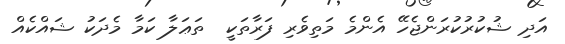
އަދި ޝުކުރުކުރަންޖެހޭ އެންމެ މަތިވެރި ފަރާތަކީ  ތަޢަލާ ކަމާ މެދަކު ޝައްކެއް